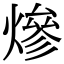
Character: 𤍜